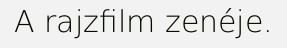
A rajzfilm zenéje.